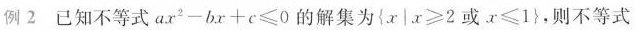
例2 已知不等式 $$a x ^ { 2 } - b x + c ≤ 0$$ 的解集为 $$left{ x | x ≥ 2 或 x ≤ 1 \right}$$，则不等式